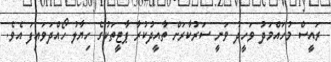
ރައީސް މުހައްމަދު ވަހީދު ވަނީ ސަރުކާރަށް ތާއީދުކުރާ ޕާޓީތަކުގެ ހިޔާލު ހޯއްދަވައިފަ އެވެ.